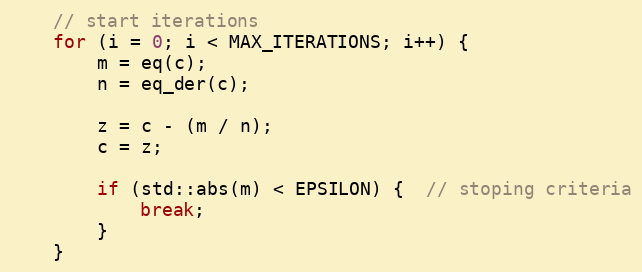
Language: C++
    // start iterations
    for (i = 0; i < MAX_ITERATIONS; i++) {
        m = eq(c);
        n = eq_der(c);

        z = c - (m / n);
        c = z;

        if (std::abs(m) < EPSILON) {  // stoping criteria
            break;
        }
    }